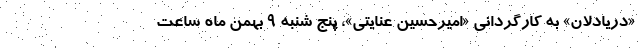
«دریادلان» به کارگردانی «امیرحسین عنایتی»، پنج شنبه ۹ بهمن ماه ساعت